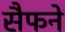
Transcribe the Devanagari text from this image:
सैफने